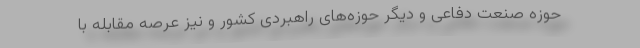
حوزه صنعت دفاعی و دیگر حوزه‌های راهبردی کشور و نیز عرصه مقابله با